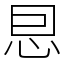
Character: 㤙